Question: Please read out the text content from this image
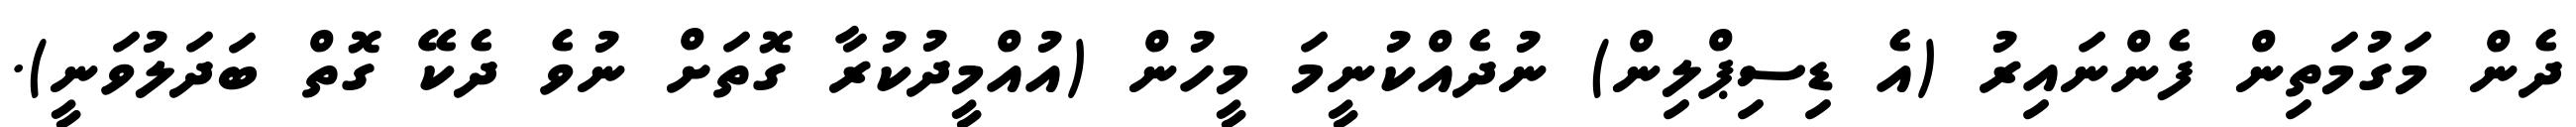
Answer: ދެން މަގުމަތިން ފެންނައިރު (އެ ޑިސިޕްލިން) ނުދެއްކުނީމަ މީހުން (އުއްމީދުކުރާ ގޮތަށް ނުވެ ދެކޭ ގޮތް ބަދަލުވަނީ).